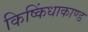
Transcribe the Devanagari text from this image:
किष्किंधाकाण्ड